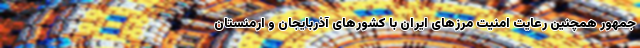
جمهور همچنین رعایت امنیت مرزهای ایران با کشورهای آذربایجان و ارمنستان